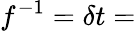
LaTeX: f^{-1}=\delta t=